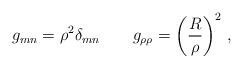
LaTeX: \begin{align*}g_{mn} = \rho^2 \delta_{mn} \qquad g_{\rho \rho} =\left( { R\over\rho}\right)^2 \,,\end{align*}